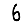
Digit: 6